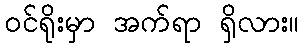
ဝင်ရိုးမှာ အက်ရာ ရှိလား။